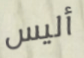
أليس